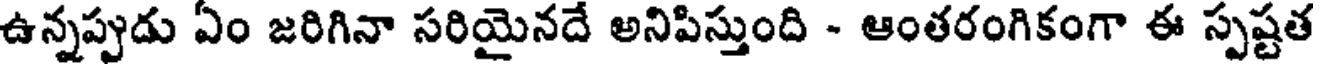
ఉన్నప్పుడు ఏం జరిగినా సరియైనదే అనిపిస్తుంది - ఆంతరంగికంగా ఈ స్పష్టత